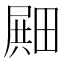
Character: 𪽛